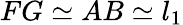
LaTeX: FG\simeq AB\simeq l_{1}